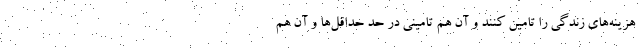
هزينه‌هاي زندگي را تامين كنند و آن هم تاميني در حد حداقل‌ها و آن هم